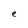
Character: e